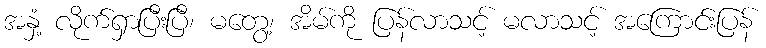
အနှံ့ လိုက်ရှာပြီးပြီ၊ မတွေ့၊ အိမ်ကို ပြန်လာသင့် မလာသင့် အကြောင်းပြန်